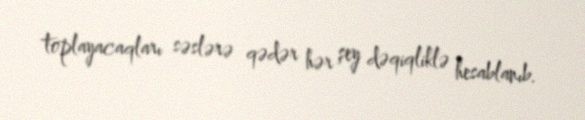
toplayacaqları səslərə qədər hər şey dəqiqliklə hesablanıb.